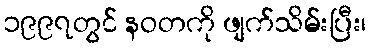
၁၉၉၇တွင် နဝတကို ဖျက်သိမ်းပြီး၊